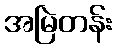
အမြဲတန်း